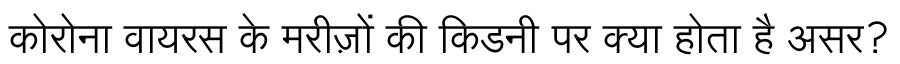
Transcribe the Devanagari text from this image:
कोरोना वायरस के मरीज़ों की किडनी पर क्या होता है असर?